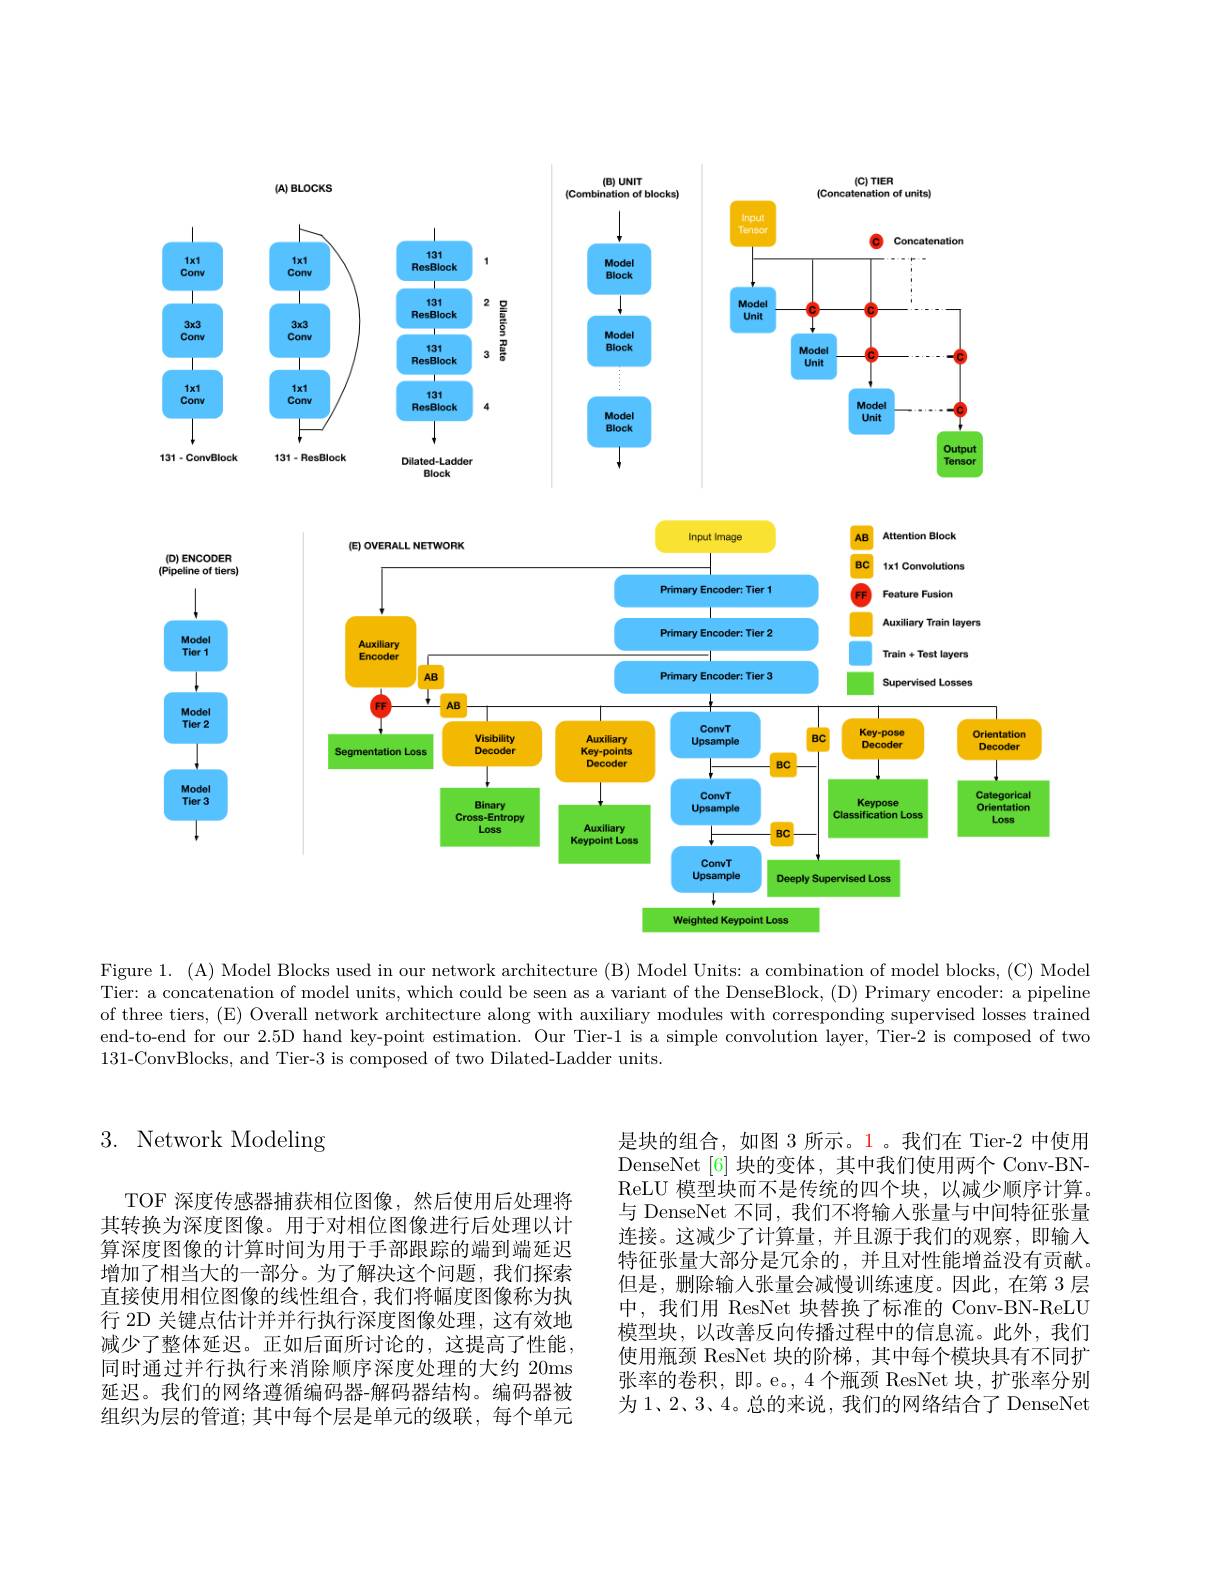
<FigureHere>

Figure 1. (A) Model Blocks used in our network architecture (B) Model Units: a combination of model blocks, (C) Model Tier: a concatenation of model units, which could be seen as a variant of the DenseBlock, (D) Primary encoder: a pipeline of three tiers, (E) Overall network architecture along with auxiliary modules with corresponding supervised losses trained end-to-end for our 2.5D hand key-point estimation. Our Tier-1 is a simple convolution layer, Tier-2 is composed of two 131-ConvBlocks, and Tier-3 is composed of two Dilated-Ladder units.

# 3. Network Modeling

TOF 深度传感器捕获相位图像，然后使用后处理将其转换为深度图像。用于对相位图像进行后处理以计算深度图像的计算时间为用于手部跟踪的端到端延迟增加了相当大的一部分。为了解决这个问题，我们探索直接使用相位图像的线性组合，我们将幅度图像称为执行 2D 关键点估计并并行执行深度图像处理，这有效地减少了整体延迟。正如后面所讨论的，这提高了性能， 同时通过并行执行来消除顺序深度处理的大约 20ms 延迟。我们的网络遵循编码器-解码器结构。编码器被组织为层的管道；其中每个层是单元的级联，每个单元

是块的组合，如图 3 所示。1。我们在 Tier-2 中使用DenseNet[6] 块的变体，其中我们使用两个 Conv-BNReLU 模型块而不是传统的四个块，以减少顺序计算。与 DenseNet 不同，我们不将输入张量与中间特征张量连接。这减少了计算量，并且源于我们的观察，即输入特征张量大部分是冗余的，并且对性能增益没有贡献。但是，删除输入张量会减慢训练速度。因此，在第 3 层中，我们用 ResNet 块替换了标准的 Conv-BN-ReLU 模型块，以改善反向传播过程中的信息流。此外，我们使用瓶颈 ResNet 块的阶梯，其中每个模块具有不同扩张率的卷积，即。e。,4个瓶颈 ResNet 块，扩张率分别为 1、2、3、4。总的来说，我们的网络结合了 DenseNet